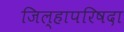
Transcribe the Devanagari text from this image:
जिल्हापरिषदा